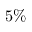
5 \%